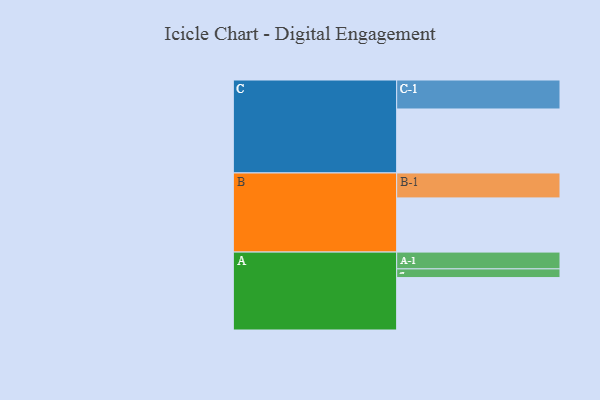
{"axis": {"x": "Segment", "y": "Value"}, "legend": ["", "A", "B", "C"], "data": [{"x": "A", "y": 481, "type": ""}, {"x": "B", "y": 497, "type": ""}, {"x": "C", "y": 587, "type": ""}, {"x": "A-1", "y": 154, "type": "A"}, {"x": "A-2", "y": 80, "type": "A"}, {"x": "B-1", "y": 229, "type": "B"}, {"x": "C-1", "y": 266, "type": "C"}]}